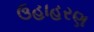
ઉહાહરણ